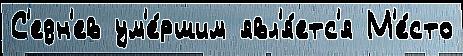
С'едн'ев ум'е́ршим явл'я́етс'я М'е́сто